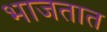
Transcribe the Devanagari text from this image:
भाजतात